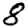
Digit: 8